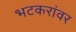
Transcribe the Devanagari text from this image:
भटकरांवर